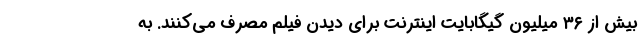
بیش از ۳۶ میلیون گیگا‌بایت اینترنت برای دیدن فیلم مصرف می‌کنند. به